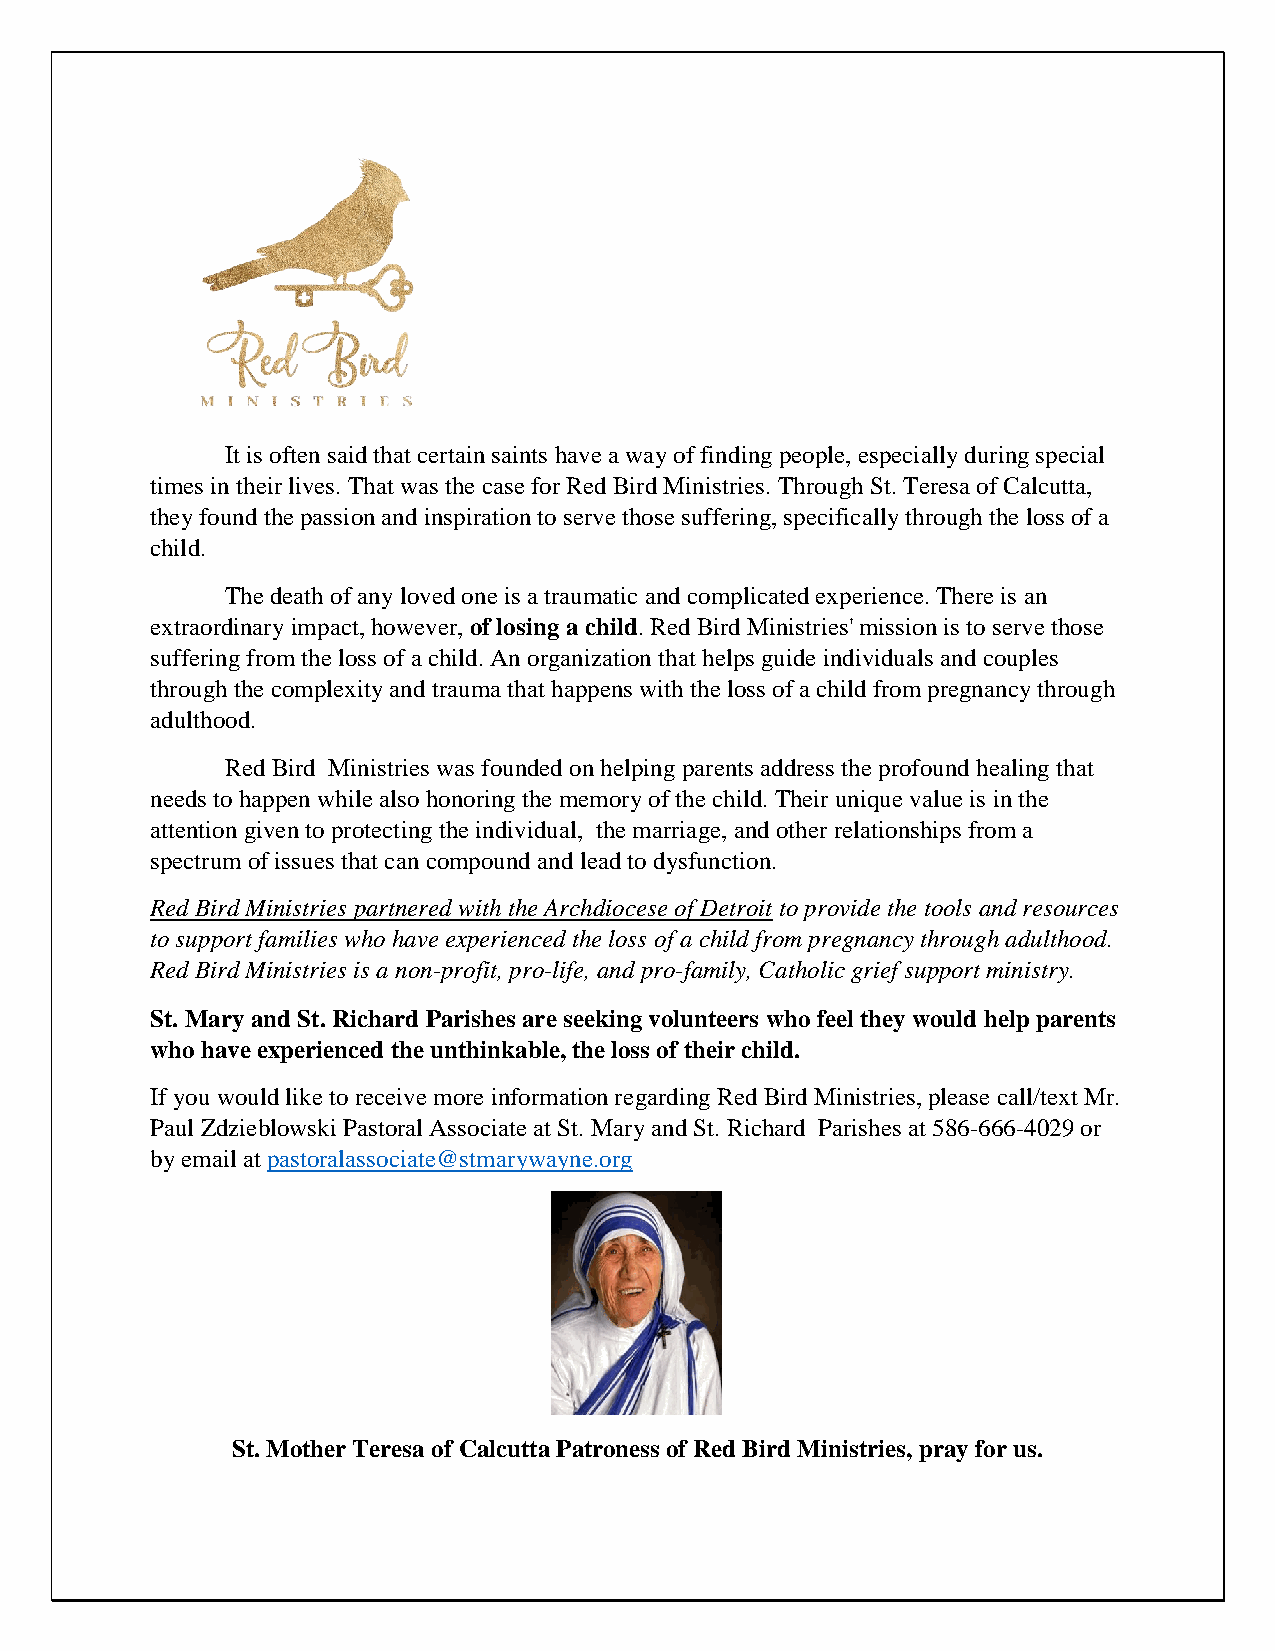
It is often said that certain saints have a way of finding people, especially during special
 times in their lives. That was the case for Red Bird Ministries. Through St. Teresa of Calcutta,
 they found the passion and inspiration to serve those suffering, specifically through the loss of a
 child.
 The death of any loved one is a traumatic and complicated experience. There is an
 extraordinary impact, however, of losing a child. Red Bird Ministries' mission is to serve those
 suffering from the loss of a child. An organization that helps guide individuals and couples
 through the complexity and trauma that happens with the loss of a child from pregnancy through
 adulthood.
 Red Bird Ministries was founded on helping parents address the profound healing that
 needs to happen while also honoring the memory of the child. Their unique value is in the
 attention given to protecting the individual, the marriage, and other relationships from a
 spectrum of issues that can compound and lead to dysfunction.
 Red Bird Ministries partnered with the Archdiocese of Detroit to provide the tools and resources
 to support families who have experienced the loss of a child from pregnancy through adulthood.
 Red Bird Ministries is a non-profit, pro-life, and pro-family, Catholic grief support ministry.
 St. Mary and St. Richard Parishes are seeking volunteers who feel they would help parents
 who have experienced the unthinkable, the loss of their child.
 If you would like to receive more information regarding Red Bird Ministries, please call/text Mr.
 Paul Zdzieblowski Pastoral Associate at St. Mary and St. Richard Parishes at 586-666-4029 or
 by email at pastoralassociate@stmarywayne.org
 St. Mother Teresa of Calcutta Patroness of Red Bird Ministries, pray for us.